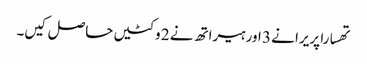
تھسارا پریرا نے 3 اور ہیراتھ نے 2 وکٹیں حاصل کیں۔